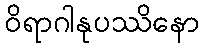
ဝိရာဂါနုပဿိနော